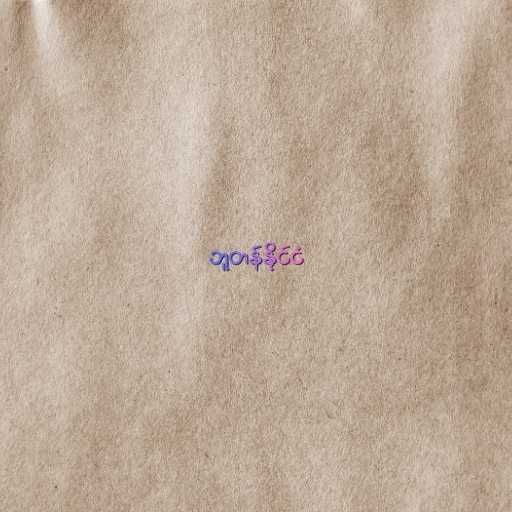
ဘူတန်နိုင်ငံ